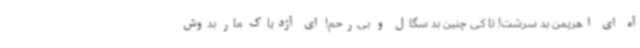
آه ای اهریمن بد سرشت! تا کی چنین بد سگال و بی‌رحم! ای آژدیاک مار بدوش